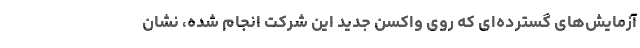
آزمایش‌های گسترده‌ای که روی واکسن جدید این شرکت انجام شده،‌ نشان